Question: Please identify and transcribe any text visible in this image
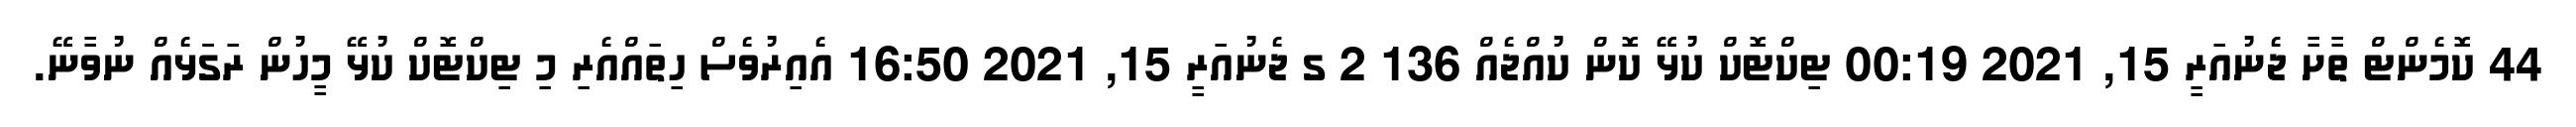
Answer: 44 ކޮމެންޓް ތާށާ ޖެނުއަރީ 15, 2021 00:19 ޓިކްޓޮކް ކުޅޭ ކޮން ކުއްޖެއް 136 2 ގ ޖެނުއަރީ 15, 2021 16:50 އެއިރުވެސް ހިތައްއެރި މި ޓިކްޓޮކް ކުޅޭ މީހުން ރަގަަޅެއް ނުވާނޭ.